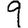
Digit: 9